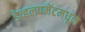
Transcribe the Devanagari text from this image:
डेव्हलपमेंटमधून